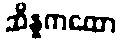
ဆိန္နကထော